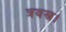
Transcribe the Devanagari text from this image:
त्रयस्र।